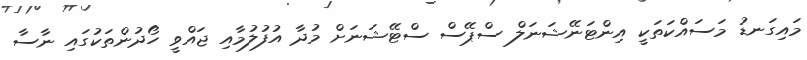
މައިގަނޑު މަސައްކަތަކީ އިންޓަނޭޝަނަލް ސްޕޭސް ސްޓޭޝަނަށް މުދާ އުފުލުމާއި ޖައްވީ ހޯދުންތަކުގައި ނާސާ